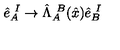
\hat { e } _ { A } ^ { \ I } \rightarrow \hat { \Lambda } _ { A } ^ { \ B } ( \hat { x } ) \hat { e } _ { B } ^ { \ I }